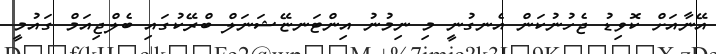
އޭނާއަށް ކޮވިޑު ޖެހުނުކަން އެނގުނީ މި ނިމުނު އިންޓަނޏޭޝަނަލް ބްރޭކުގައި ބެލްޖިއަމް ގައުމީ